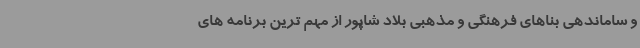
و ساماندهی بناهای فرهنگی و مذهبی بلاد شاپور از مهم ترین برنامه های